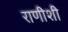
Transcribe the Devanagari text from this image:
राणीशी